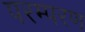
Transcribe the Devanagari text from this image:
परम्परण